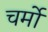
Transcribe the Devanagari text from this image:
चर्मो